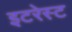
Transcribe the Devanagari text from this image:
इटरेस्‍ट